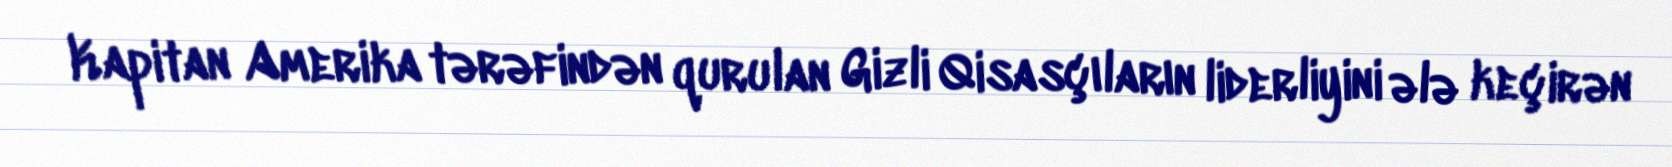
Kapitan Amerika tərəfindən qurulan Gizli Qisasçıların liderliyini ələ keçirən